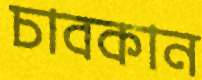
চাবকান